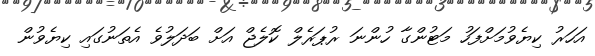
އަހަރު ކިޔެވުމަށްފަހު މަޓުންގާ ހުންނަ ރުޕަރެލް ކޮލެޖް އަށް ބަދަލުވެ އެތަނުގައި ކިޔެވުން